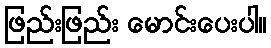
ဖြည်းဖြည်း မောင်းပေးပါ။